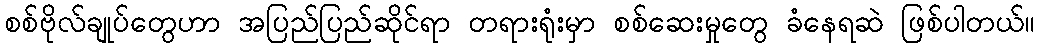
စစ်ဗိုလ်ချုပ်တွေဟာ အပြည်ပြည်ဆိုင်ရာ တရားရုံးမှာ စစ်ဆေးမှုတွေ ခံနေရဆဲ ဖြစ်ပါတယ်။